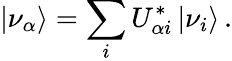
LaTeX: |\nu_{\alpha}\rangle=\sum_{i}U_{{\alpha}i}^{*}\, |\nu_{i}\rangle\, .